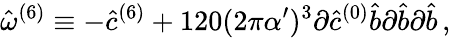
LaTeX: \hat{\omega}^{(6)}\equiv-{\hat{c}}^{(6)}+120(2\pi\alpha^{\prime})^{3}\partial{\hat{c}}^{(0)}{\hat{b}}\partial{\hat{b}}\partial{\hat{b}}\, ,